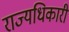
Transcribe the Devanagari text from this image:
राज्यधिकारी